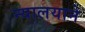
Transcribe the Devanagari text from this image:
न्यालयाने